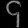
Digit: ၄